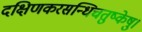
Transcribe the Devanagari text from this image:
दक्षिणकरसन्धिचतुष्केषु।